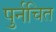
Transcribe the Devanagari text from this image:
पुर्नचित